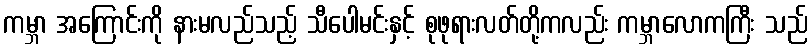
ကမ္ဘာ အကြောင်းကို နားမလည်သည့် သီပေါမင်းနှင့် စုဖုရားလတ်တို့ကလည်း ကမ္ဘာလောကကြီး သည်